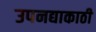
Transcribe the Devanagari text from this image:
उपनद्याकाठी